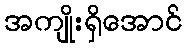
အကျိုးရှိအောင်